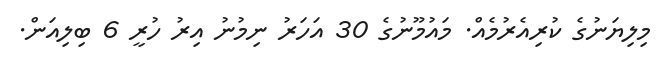
މިލިޔަނުގެ ކުރިއެރުމެއް. މައުމޫނުގެ 30 އަހަރު ނިމުނު އިރު ހުރީ 6 ބިލިއަން.